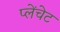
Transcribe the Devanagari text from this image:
प्लेंचेट